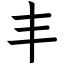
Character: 丰